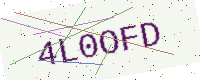
Text: 4L0OFD